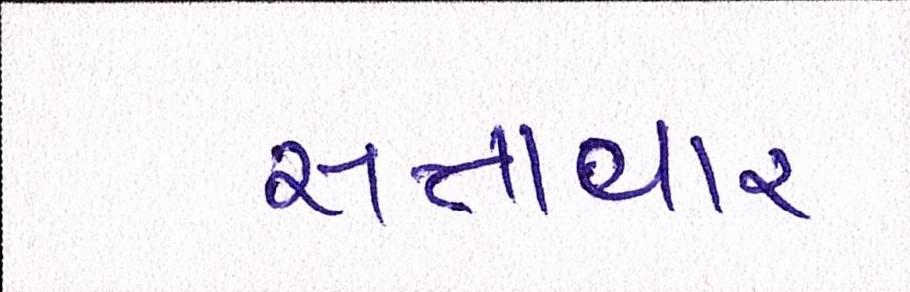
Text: સત્તાવાર